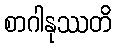
စာဂါနုဿတိ